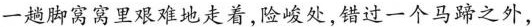
一趟脚窝窝里艰难地走着,险峻处,错过一个马蹄之外，